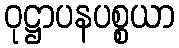
ဝုဋ္ဌာပနပစ္စယာ